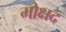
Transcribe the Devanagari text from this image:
मोक्षद